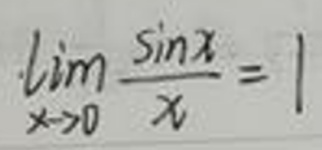
\[
\lim_{x \to 0} \frac{\sin x}{x} = 1
\]